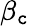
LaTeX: \beta_{\mathtt{c}}